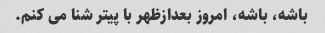
باشه، باشه، امروز بعدازظهر با پیتر شنا می کنم.